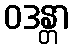
ဝဒန္တာ